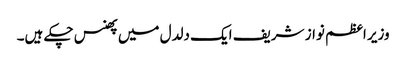
وزیر اعظم نواز شریف ایک دلدل میں پھنس چکے ہیں۔